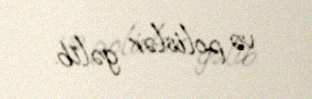
və polislər gəlib.